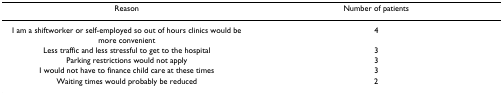
<table><thead><tr><td><b>Reason</b></td><td><b>Number of patients</b></td></tr></thead><tbody><tr><td>I am a shiftworker or self-employed so out of hours clinics would be more convenient</td><td>4</td></tr><tr><td>Less traffic and less stressful to get to the hospital</td><td>3</td></tr><tr><td>Parking restrictions would not apply</td><td>3</td></tr><tr><td>I would not have to finance child care at these times</td><td>3</td></tr><tr><td>Waiting times would probably be reduced</td><td>2</td></tr></tbody></table>